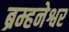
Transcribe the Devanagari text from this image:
ब्रम्हनेश्वर